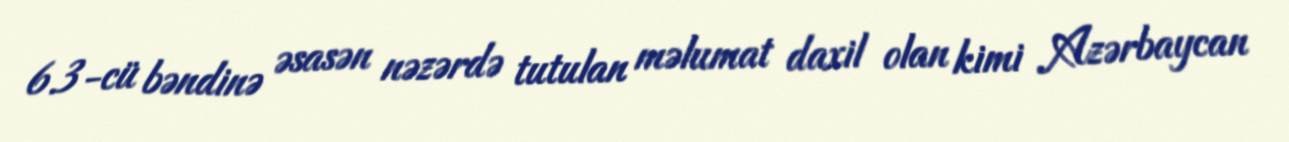
6.3-cü bəndinə əsasən nəzərdə tutulan məlumat daxil olan kimi Azərbaycan